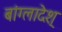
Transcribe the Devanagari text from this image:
बांग्लादेश्